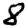
Digit: 8